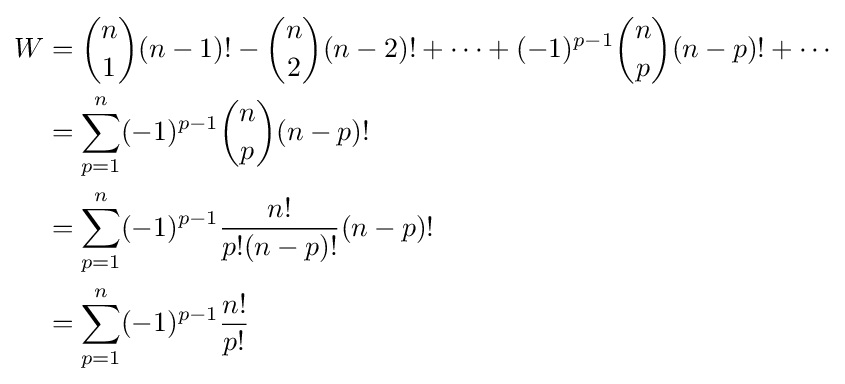
{\begin{aligned}W&={n \choose 1}(n-1)!-{n \choose 2}(n-2)!+\cdots +(-1)^{p-1}{n \choose p}(n-p)!+\cdots \\&=\sum _{p=1}^{n}(-1)^{p-1}{n \choose p}(n-p)!\\&=\sum _{p=1}^{n}(-1)^{p-1}{\frac {n!}{p!(n-p)!}}(n-p)!\\&=\sum _{p=1}^{n}(-1)^{p-1}{\frac {n!}{p!}}\end{aligned}}